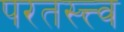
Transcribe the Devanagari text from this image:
परतस्त्त्व